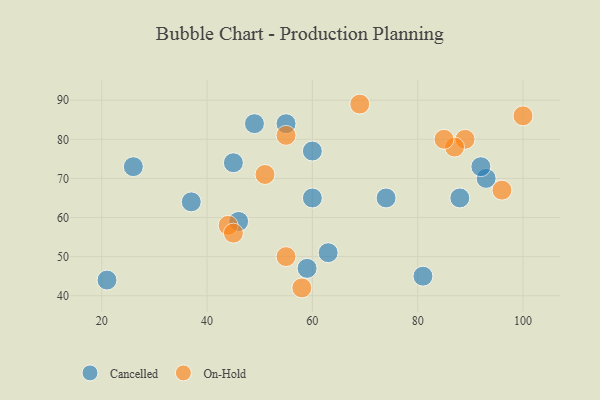
{"axis": {"x": "GDP", "y": "Life Expectancy"}, "legend": ["Cancelled", "On-Hold"], "data": [{"x": "93", "y": 70, "type": "Cancelled"}, {"x": "60", "y": 65, "type": "Cancelled"}, {"x": "46", "y": 59, "type": "Cancelled"}, {"x": "59", "y": 47, "type": "Cancelled"}, {"x": "74", "y": 65, "type": "Cancelled"}, {"x": "92", "y": 73, "type": "Cancelled"}, {"x": "45", "y": 74, "type": "Cancelled"}, {"x": "26", "y": 73, "type": "Cancelled"}, {"x": "37", "y": 64, "type": "Cancelled"}, {"x": "55", "y": 84, "type": "Cancelled"}, {"x": "21", "y": 44, "type": "Cancelled"}, {"x": "81", "y": 45, "type": "Cancelled"}, {"x": "49", "y": 84, "type": "Cancelled"}, {"x": "88", "y": 65, "type": "Cancelled"}, {"x": "60", "y": 77, "type": "Cancelled"}, {"x": "63", "y": 51, "type": "Cancelled"}, {"x": "89", "y": 80, "type": "On-Hold"}, {"x": "51", "y": 71, "type": "On-Hold"}, {"x": "55", "y": 50, "type": "On-Hold"}, {"x": "58", "y": 42, "type": "On-Hold"}, {"x": "55", "y": 81, "type": "On-Hold"}, {"x": "87", "y": 78, "type": "On-Hold"}, {"x": "96", "y": 67, "type": "On-Hold"}, {"x": "69", "y": 89, "type": "On-Hold"}, {"x": "85", "y": 80, "type": "On-Hold"}, {"x": "44", "y": 58, "type": "On-Hold"}, {"x": "45", "y": 56, "type": "On-Hold"}, {"x": "100", "y": 86, "type": "On-Hold"}]}